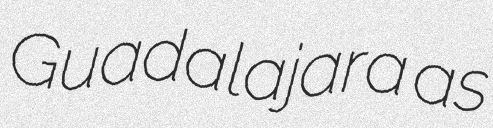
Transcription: Guadalajara as